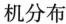
机分布